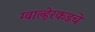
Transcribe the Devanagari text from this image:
ग्वाल्हेरकडचे